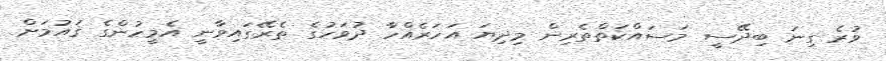
ވުރެ ގިނަ ބިދޭސީ މަސައްކަތްތެރިން މިދިޔަ އަހަރެއްހާ ދުވަހުގެ ތެރޭގައިވާނީ އެމީހުންގެ ޤައުމަށް